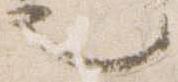
也